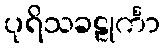
ပုရိသခဠုင်္ကာ